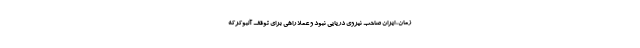
زمان، ایران صاحب نیروی دریایی نبود و عملا راهی برای توقف آلبوکرکه